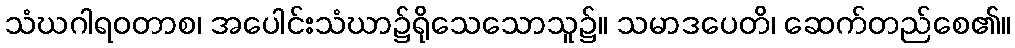
သံဃဂါရဝတာစ၊ အပေါင်းသံဃာ၌ရိုသေသောသူ၌။ သမာဒပေတိ၊ ဆေက်တည်စေ၏။